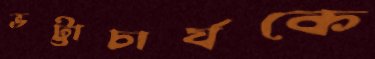
ভট্টাচার্যকে